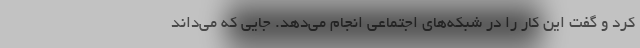
کرد و گفت این کار را در شبکه‌های اجتماعی انجام می‌دهد. جایی که می‌داند